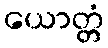
ယောတ္တံ